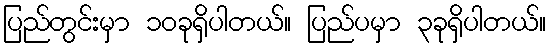
ပြည်တွင်းမှာ ၁၀ခုရှိပါတယ်။ ပြည်ပမှာ ၃ခုရှိပါတယ်။